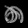
Digit: ၈